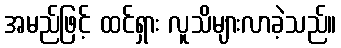
အမည်ဖြင့် ထင်ရှား လူသိများလာခဲ့သည်။